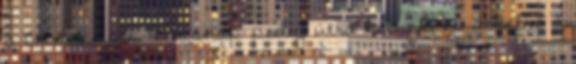
a Credencialt. Másnap pedig útra kelnek, és átkelve a